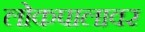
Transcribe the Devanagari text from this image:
लोकपालावर